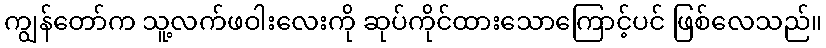
ကျွန်တော်က သူ့လက်ဖဝါးလေးကို ဆုပ်ကိုင်ထားသောကြောင့်ပင် ဖြစ်လေသည်။